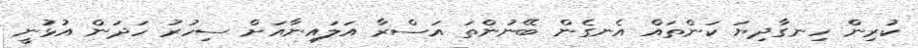
ކުރިން ހިނގާދިޔަ ކަންތައް އެނގެން ބޭނުންތަ އަސްރާ އަލައިނާއަށް ސިހުރު ހަދަން އުޅުނީ